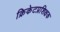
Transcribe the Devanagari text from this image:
क्रिकेटप्रशिक्षक